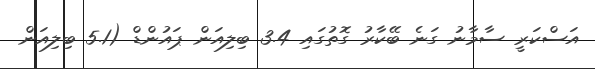
އަސްކަރީ ސާމާނު ގަނެ ބޭކާރު ގޮތުގައި 3.4 ބިލިއަން ޕައުންޑް (5.1 ބިލިއަން